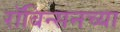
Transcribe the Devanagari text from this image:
रॉबिन्सनच्या